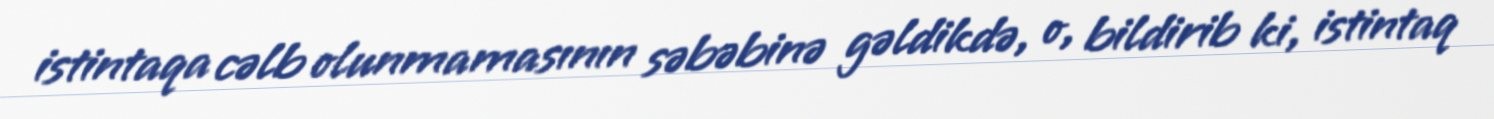
istintaqa cəlb olunmamasının səbəbinə gəldikdə, o, bildirib ki, istintaq